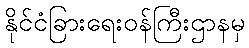
နိုင်ငံခြားရေးဝန်ကြီးဌာနမှ